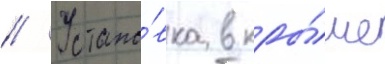
// Устано́вка в кры́ше